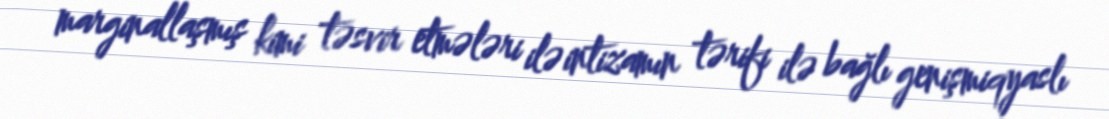
marginallaşmış kimi təsvir etmələri ilə intizamın tərifi ilə bağlı genişmiqyaslı